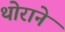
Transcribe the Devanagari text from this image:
थोराने